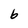
Character: 6